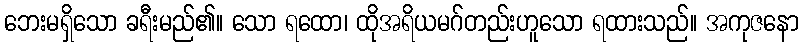
ဘေးမရှိသော ခရီးမည်၏။ သော ရထော၊ ထိုအရိယမဂ်တည်းဟူသော ရထားသည်။ အကုဇနော